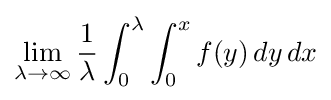
\lim _{\lambda \to \infty }{\frac {1}{\lambda }}\int _{0}^{\lambda }\int _{0}^{x}f(y)\,dy\,dx